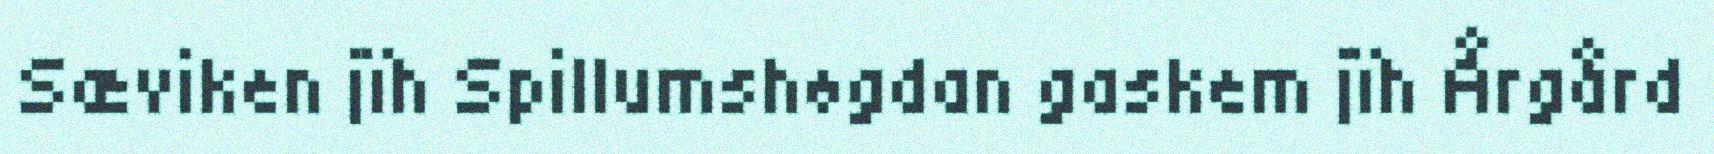
Sæviken jïh Spillumshøgdan gaskem jïh Årgård